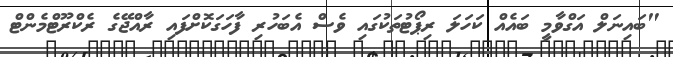
"ބައިނަލް އަގްވާމީ ބައެއް ކަހަލަ ރިޕޯޓުތަކުގައި ވެސް އެބަހުރި ފާހަގަކޮށްފައި ރާއްޖޭގެ ރެކްރޫޓްމެންޓް